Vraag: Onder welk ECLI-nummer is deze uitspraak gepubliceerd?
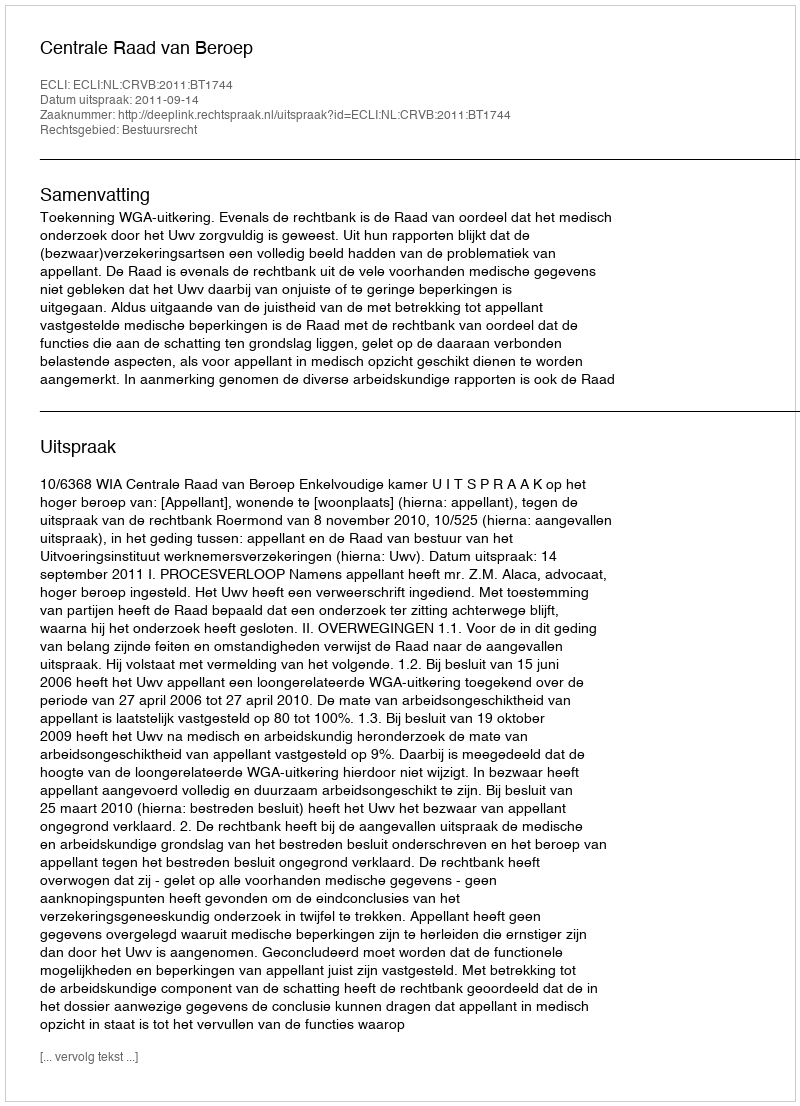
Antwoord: ECLI:NL:CRVB:2011:BT1744